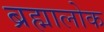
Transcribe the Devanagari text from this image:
ब्रह्मालोक